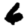
Digit: 6